65_HS1-834228961_62-HQ-83894_Section_8
Agency: FBI
Page 134
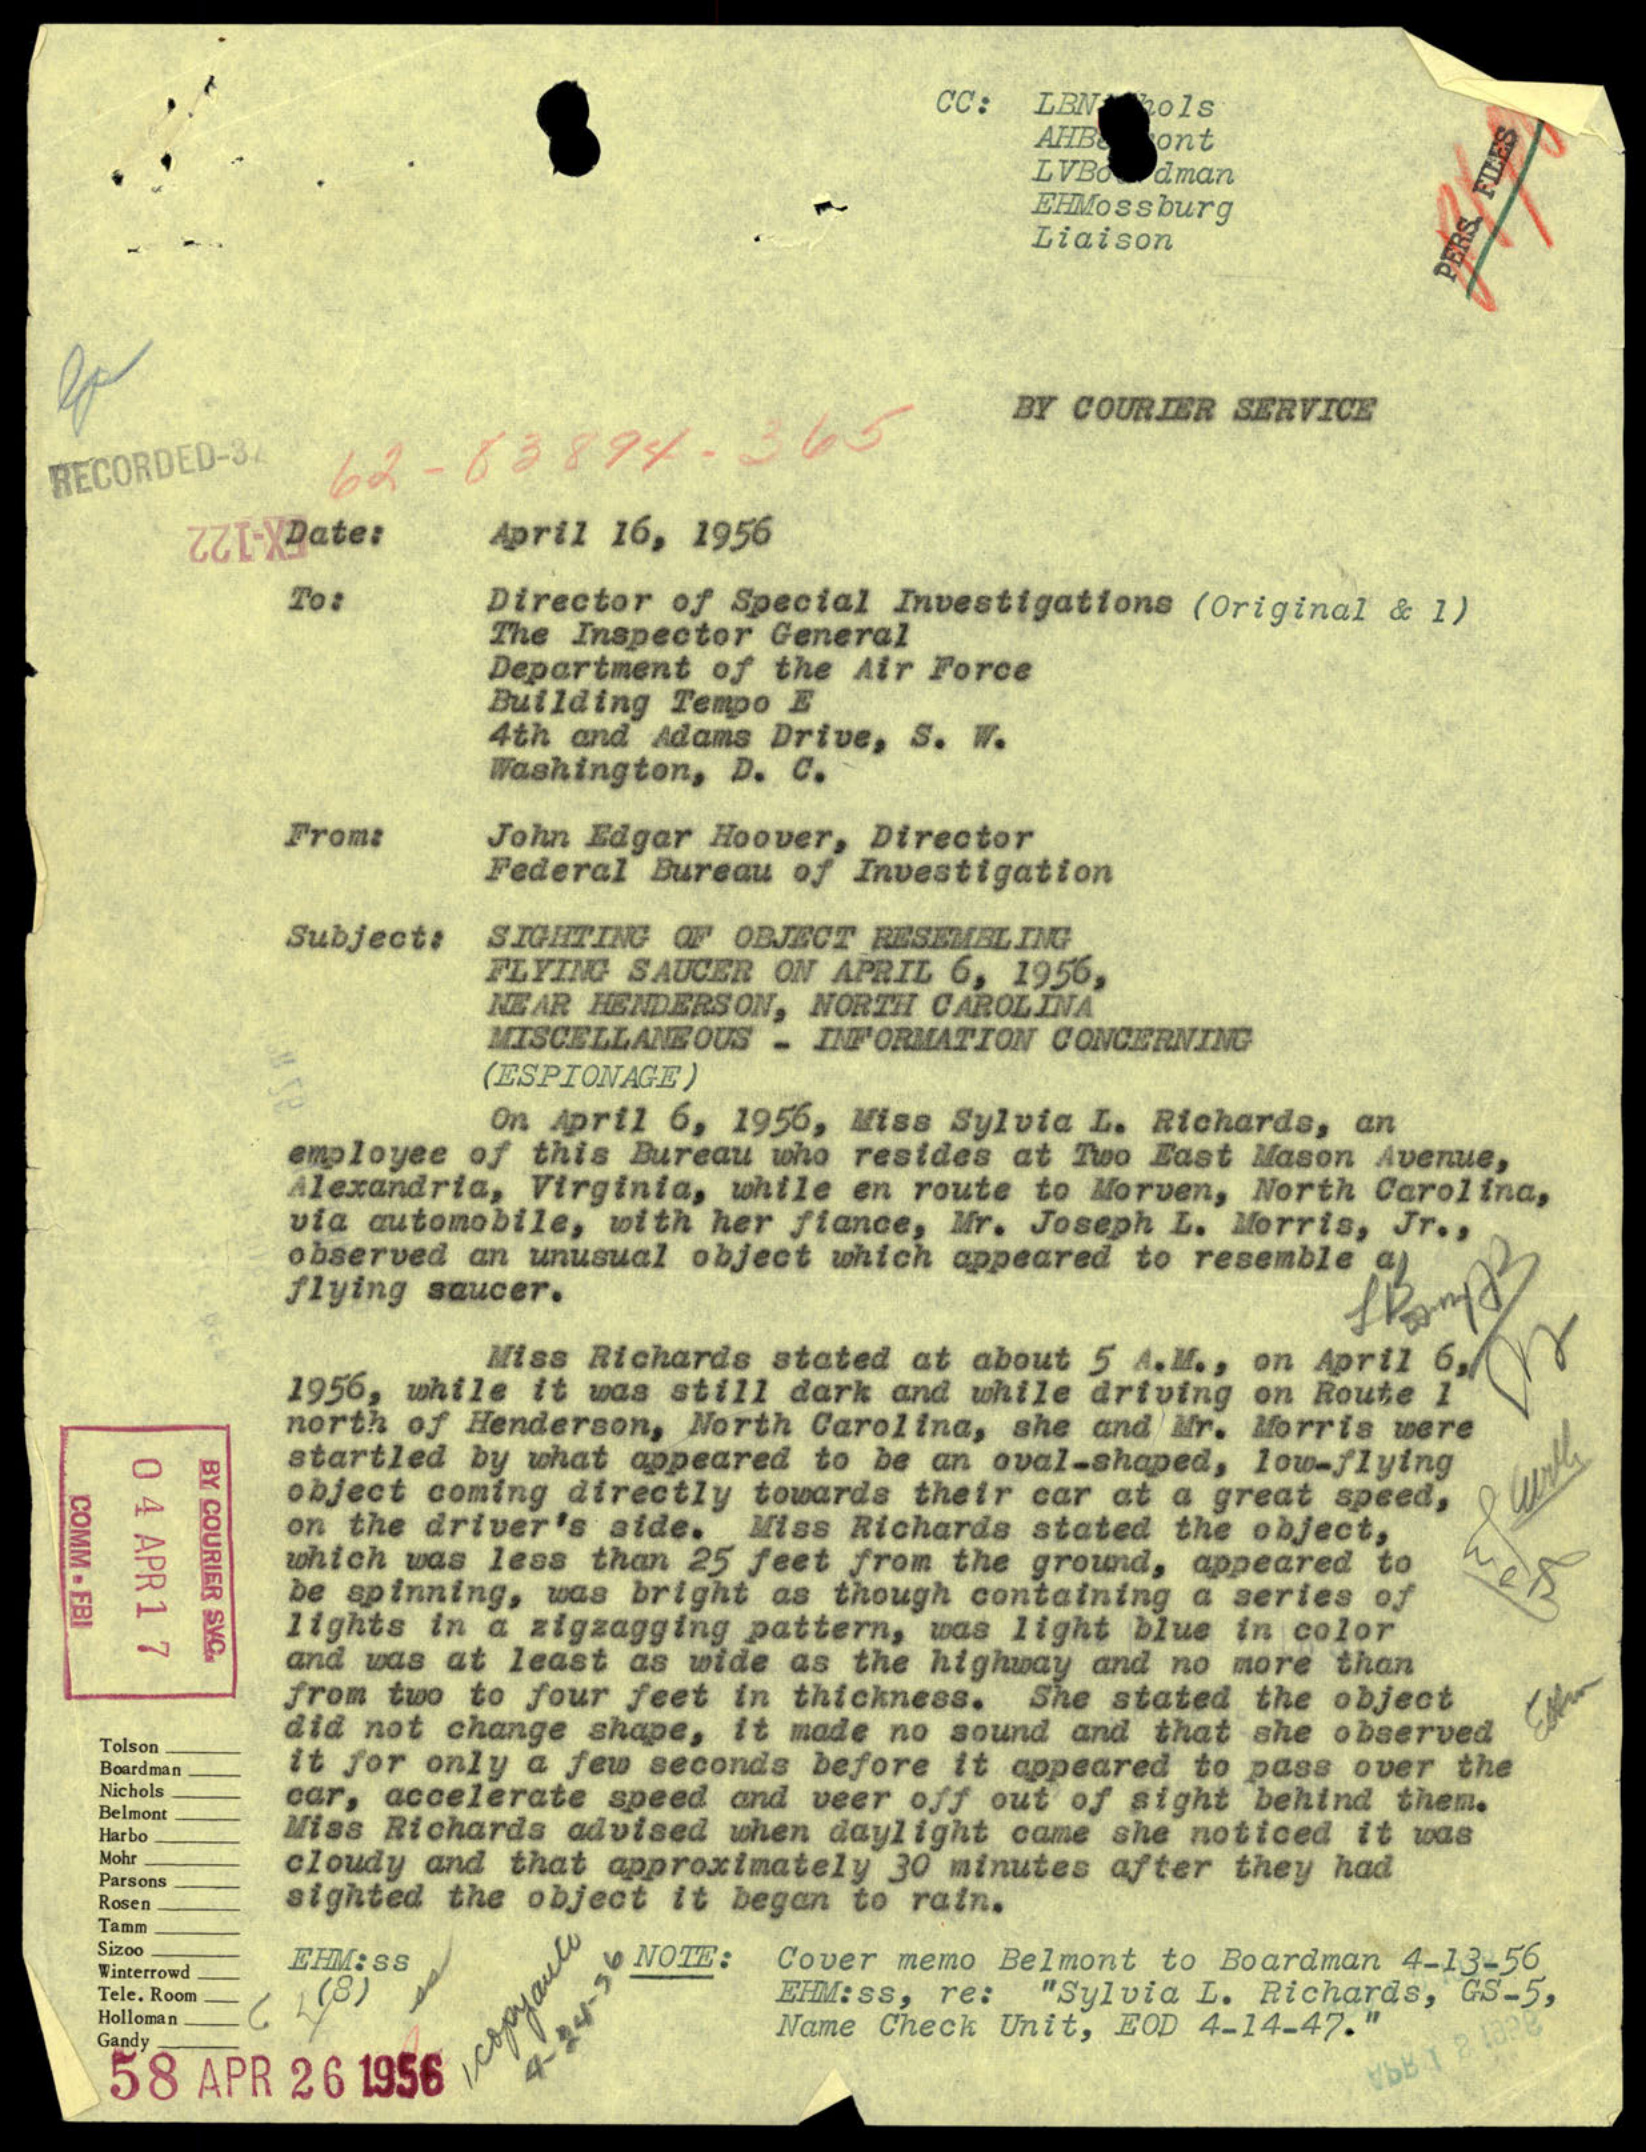